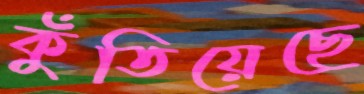
কুঁতিয়েছে